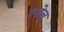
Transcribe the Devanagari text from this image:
उपोलू